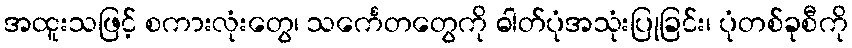
အထူးသဖြင့် စကားလုံးတွေ၊ သင်္ကေတတွေကို ဓါတ်ပုံအသုံးပြုခြင်း၊ ပုံတစ်ခုစီကို